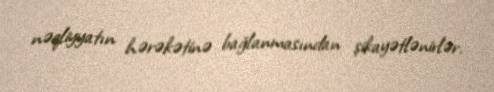
nəqliyyatın hərəkətinə bağlanmasından şikayətlənirlər.